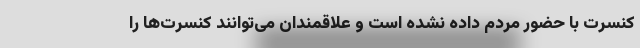
کنسرت با حضور مردم داده نشده است و علاقمندان می‌توانند کنسرت‌ها را